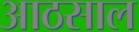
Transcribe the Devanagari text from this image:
आठसाल